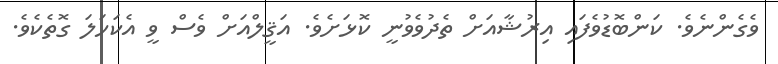
ވެގެންނެވެ. ކަންބޮޑުވެފައި އިރުޝާއަށް ތެދުވެވުނީ ކޮޅަށެވެ. އަޤީލްއަށް ވެސް ވީ އެކަހަލަ ގޮތެކެވެ.